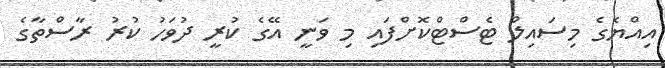
އިއްޔެގެ މިސައިލް ޓެސްޓްކޮށްފައި މި ވަނީ އޭގެ ކުރީ ދުވަހު ކުރު ރާސްތާގެ